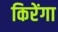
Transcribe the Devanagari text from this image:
किरेंगा